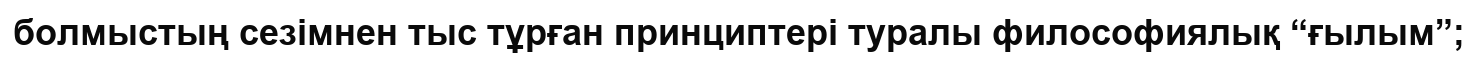
болмыстың сезімнен тыс тұрған принциптері туралы философиялық “ғылым”;